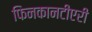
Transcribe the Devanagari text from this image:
फिनकानटीएरी